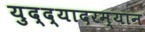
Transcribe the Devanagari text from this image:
युद्द्यादरम्यान